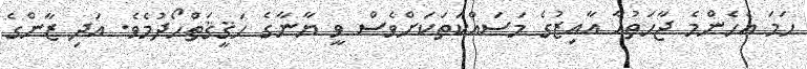
ހަމަ އެހެންމެ ޖާހަތުއާ އާއިޒުގެ މަސައްކަތަކަށްވެސް ވީ ޔާނާގެ ހަޤީޤަތްހޯދުމެވެ. އަދި ޒާންގެ